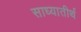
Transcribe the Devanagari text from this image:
साध्यातीर्थ